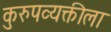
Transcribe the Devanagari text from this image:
कुरुपव्यक्तीला